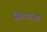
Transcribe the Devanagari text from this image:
सिरधाना